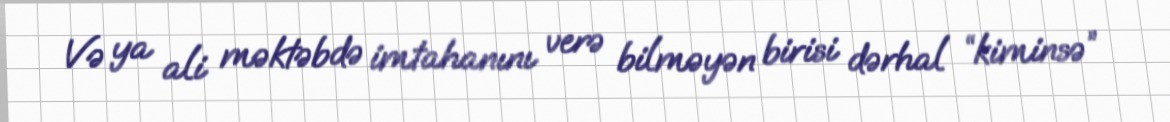
Və ya ali məktəbdə imtahanını verə bilməyən birisi dərhal “kiminsə”